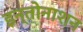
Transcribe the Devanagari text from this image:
इन्तोनाशन